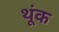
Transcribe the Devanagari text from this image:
थूंक